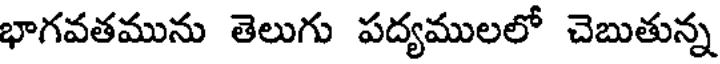
భాగవతమును తెలుగు పద్యములలో చెబుతున్న